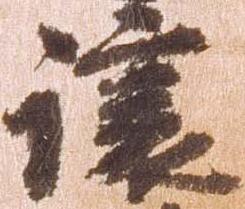
譲